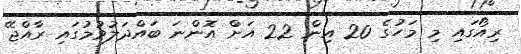
ރިއޯގައި މި މަހުގެ 20 އިން 22 އަށް އޮންނަ ބައްދަލުވުމުގައި ރާއްޖޭ